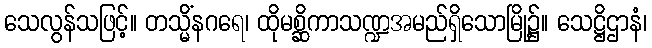
သေလွန်သဖြင့်။ တသ္မိံနဂရေ၊ ထိုမစ္ဆိကာသဏ္ဍအမည်ရှိသောမြို့၌။ သေဋ္ဌိဌာနံ၊